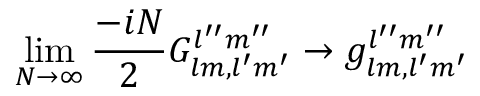
\operatorname * { l i m } _ { N \rightarrow \infty } \frac { - i N } { 2 } G _ { l m , l ^ { \prime } m ^ { \prime } } ^ { l ^ { \prime \prime } m ^ { \prime \prime } } \rightarrow g _ { l m , l ^ { \prime } m ^ { \prime } } ^ { l ^ { \prime \prime } m ^ { \prime \prime } }